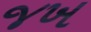
જખ